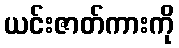
ယင်းဇာတ်ကားကို